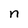
Character: n